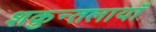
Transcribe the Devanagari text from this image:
शकुन्तलायाँ